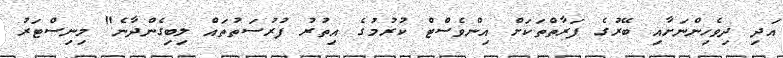
އަދި ދިވެހިންނަށާއި ބޭރުގެ ފަރާތްތަކަށް އިންވެސްޓް ކުރުމުގެ އިތުރު ފުރުސަތުތައް ލިބިގެންދާނެ" މިނިސްޓަރު